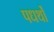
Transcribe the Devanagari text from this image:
पधर्थों